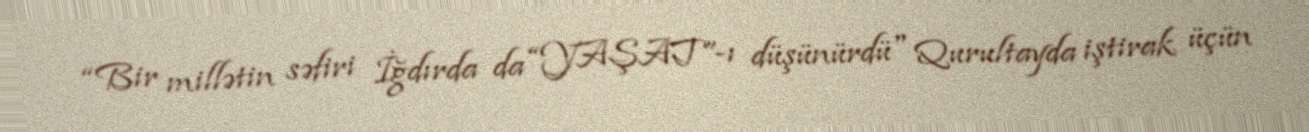
“Bir millətin səfiri İğdırda da “YAŞAT”-ı düşünürdü" Qurultayda iştirak üçün